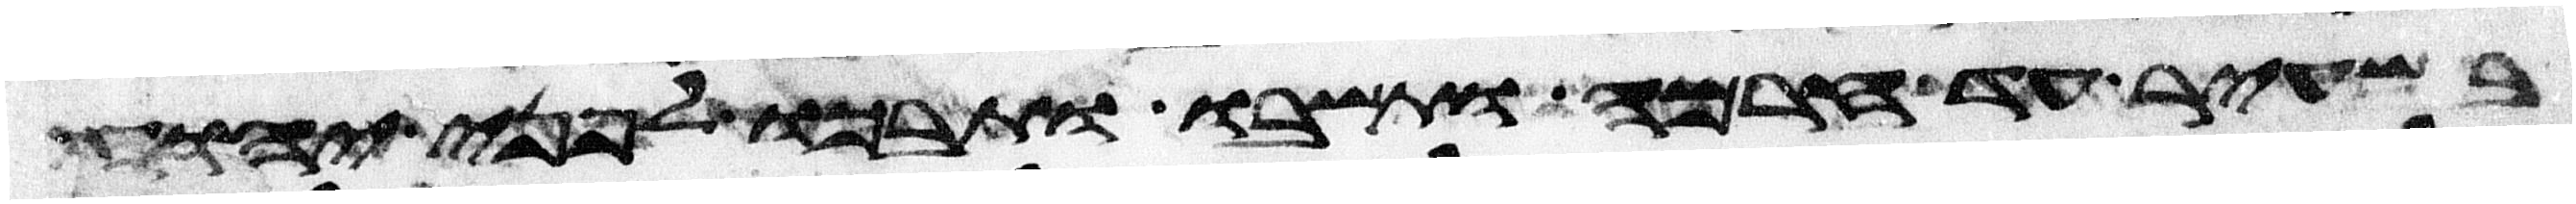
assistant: בשעיר עד חרמה ותשבו ותבכו לפני יהוה